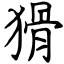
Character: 猾